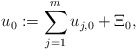
\begin{align*}u_{0}:=\sum_{j=1}^{m}u_{j,0}+\Xi_{0},\end{align*}